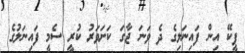
ޕީކޭ އިން ފައިނަލިގެ ދެ ވަނަ ޖާގަ ކަށަވަރު ކުރީ ސެމީ ފައިނަލުގެ